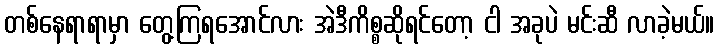
တစ်နေရာရာမှာ တွေ့ကြရအောင်လား အဲဒီကိစ္စဆိုရင်တော့ ငါ အခုပဲ မင်းဆီ လာခဲ့မယ်။